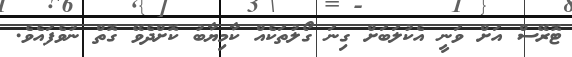
ޓޮރޭސް އަށް ވަނީ އެކުލަބަށް ގިނަ ގޯލުތަކެއް ކާމިޔާބު ކޮށްދެވޭ ގޮތް ނުވެފައެވެ.